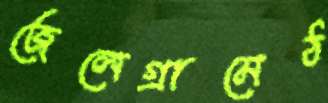
জেলেগ্রামেঠ